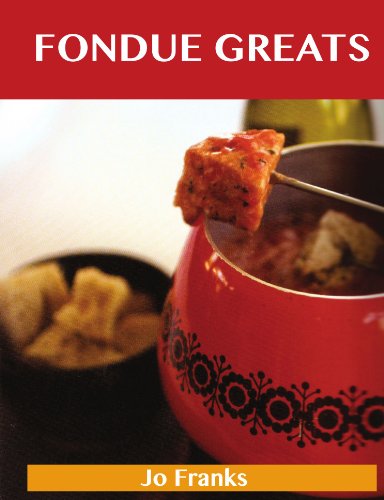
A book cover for Fondue Greats: Delicious Fondue Recipes, The Top 65 Fondue Recipes; Jo Franks; Cookbooks, Food & Wine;